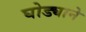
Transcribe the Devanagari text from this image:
घोड्याने